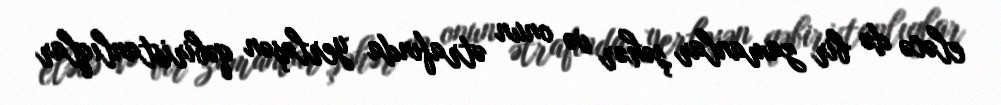
eləcə də bir zamanlar şəhər və onun ətrafında yerləşən qəbiristanlıqlar